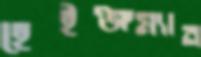
হেইঞ্জম্যান